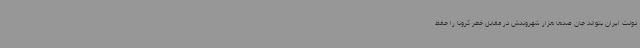
دولت ایران بتواند جان صدها هزار شهروندش در مقابل خطر کرونا را حفظ